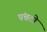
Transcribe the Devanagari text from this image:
पंचटो